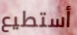
أستطيع